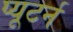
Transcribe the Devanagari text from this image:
प्यूटर्न